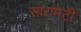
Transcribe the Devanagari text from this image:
सारामेटी